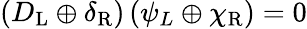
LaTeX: \left(D_{\mathrm{{L}}}\oplus\delta_{\mathrm{{R}}}\right)\left(\psi_{L}\oplus\chi_{\mathrm{{R}}}\right)=0